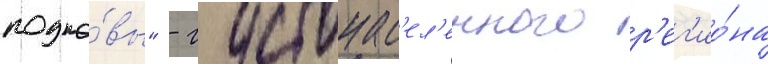
подко́вы" - густонас'ел'енного р'ег'ио́на